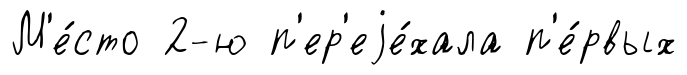
М'е́сто 2-ю п'ер'еjе́хала п'е́рвых